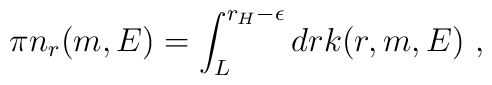
\pi n_r(m,E) = \int_{L}^{r_H- \epsilon} dr k(r,m,E)~,